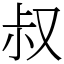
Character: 叔